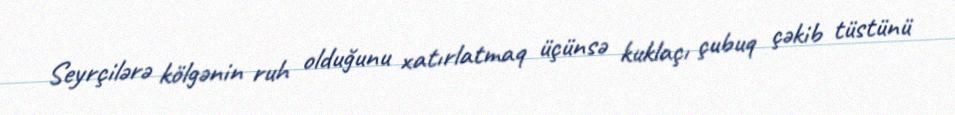
Seyrçilərə kölgənin ruh olduğunu xatırlatmaq üçünsə kuklaçı çubuq çəkib tüstünü